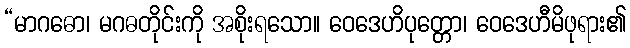
“မာဂဓော၊ မဂဓတိုင်းကို အစိုးရသော။ ဝေဒေဟိပုတ္တော၊ ဝေဒေဟီမိဖုရား၏